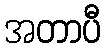
အတာပီ